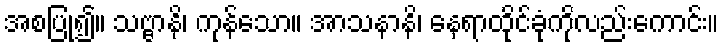
အစပြု၍။ သဗ္ဗာနိ၊ ကုန်သော။ အာသနာနိ၊ နေရာထိုင်ခုံကိုလည်းကောင်း။